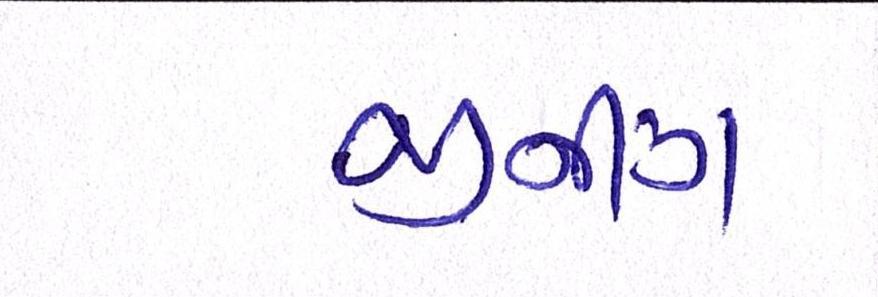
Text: જીનીંગ